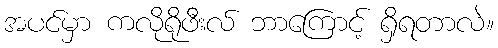
အပင်မှာ ကလိုရိုဖီးလ် ဘာကြောင့် ရှိရတာလဲ။